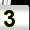
Digit: 3